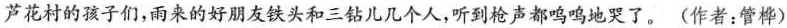
芦花村的孩子们，雨来的好朋友铁头和三钻儿几个人，听到枪声都呜呜地哭了。(作者：管桦)